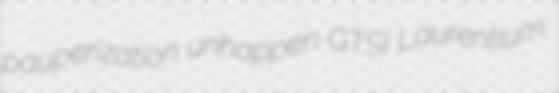
pauperization unhappen GTSI Laurentium